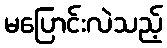
မပြောင်းလဲသည့်